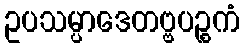
ဥပသမ္ပာဒေတဗ္ဗပဉ္စကံ